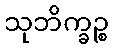
သုဘိက္ခဉ္စ